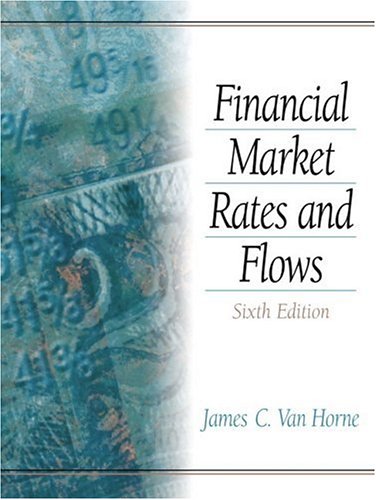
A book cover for Financial Market Rates and Flows (6th Edition); James C. Van Horne; Business & Money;